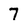
Character: 7